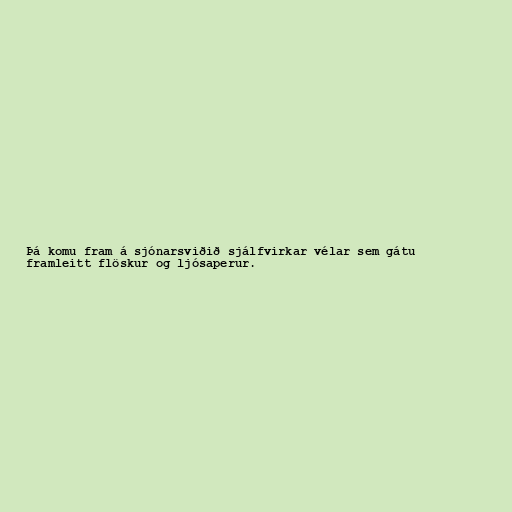
Þá komu fram á sjónarsviðið sjálfvirkar vélar sem gátu
framleitt flöskur og ljósaperur.